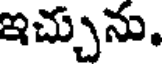
ఇచ్చును.